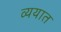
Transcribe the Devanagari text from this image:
व्ययात